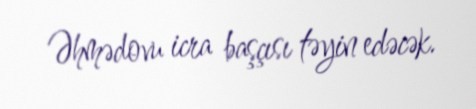
Əhmədovu icra başçısı təyin edəcək.